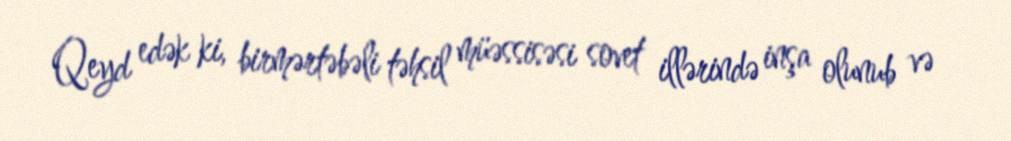
Qeyd edək ki, birmərtəbəli təhsil müəssisəsi sovet illərində inşa olunub və